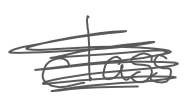
Text: class
Cross-out: mix
Writing tool: digital_gray